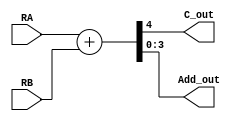
`timescale 1ns / 1ps

module adder(
    RA,
    RB,
    C_out,
    Add_out
    );

    input[3:0] RA, RB;
    output C_out;
    output[3:0] Add_out;
    
    assign {C_out, Add_out} = RA + RB;
    
endmodule